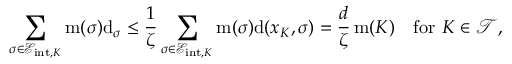
\sum _ { \sigma \in { \mathcal E } _ { \mathrm { i n t } , K } } \operatorname { m } ( \sigma ) { \operatorname { d } } _ { \sigma } \le \frac { 1 } { \zeta } \sum _ { \sigma \in { \mathcal E } _ { \mathrm { i n t } , K } } \operatorname { m } ( \sigma ) { \operatorname { d } } ( x _ { K } , \sigma ) = \frac { d } { \zeta } \operatorname { m } ( K ) \quad \mathrm { f o r ~ } K \in { \mathcal T } ,